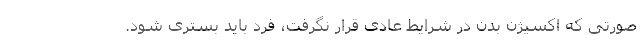
صورتی که اکسیژن بدن در شرایط عادی قرار نگرفت، فرد باید بستری شود.